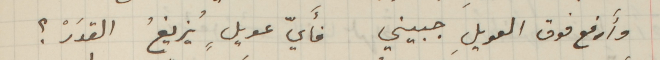
وأَرفع فوق العويلِ جبيني فأَيّ عويلٍ يُزيغُ القدَرْ ؟